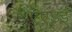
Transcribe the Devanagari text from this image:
एएंडई